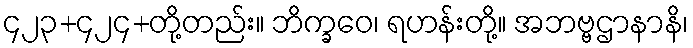
၄၂၃+၄၂၄+တို့တည်း။ ဘိက္ခဝေ၊ ရဟန်းတို့။ အဘဗ္ဗဌာနာနိ၊